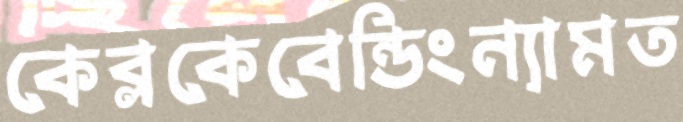
কেব্লকেবেন্ডিংন্যামত